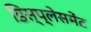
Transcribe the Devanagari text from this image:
डिस्प्लेसमेंट